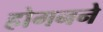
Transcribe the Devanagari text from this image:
होगनने